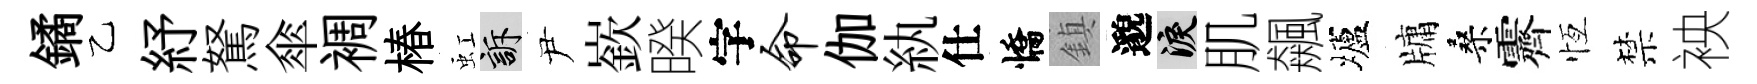
鐍乙紓駑傘裯椿虹訴尹嶔暌字命伽紈仕憍鎮邈泪肌飆壚牗桑霽恆禁䘧